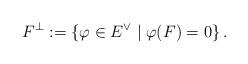
LaTeX: \begin{align*}F^{\perp}:=\left\lbrace \varphi \in E^{\vee} \mid \varphi(F)=0\right\rbrace.\end{align*}